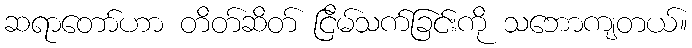
ဆရာတော်ဟာ တိတ်ဆိတ် ငြိမ်သက်ခြင်းကို သဘောကျတယ်။